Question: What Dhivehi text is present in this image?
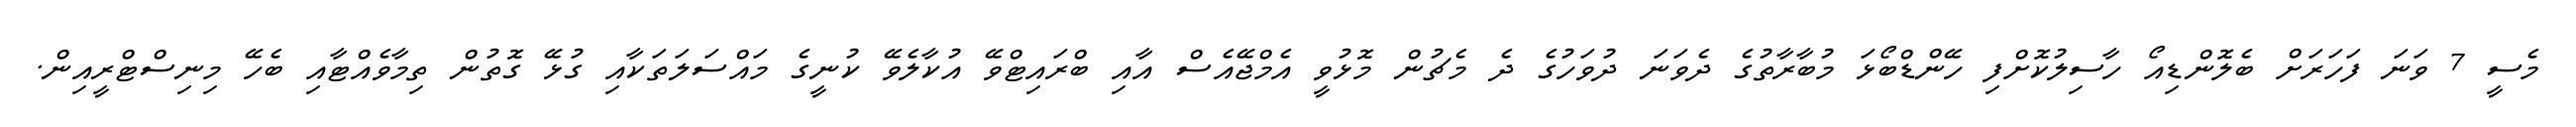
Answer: މެސީ 7 ވަނަ ފަހަރަށް ބެލޮންޑިއޯ ހާސިލުކޮށްފި ހޭންޑްބޯޅަ މުބާރާތުގެ ދެވަނަ ދުވަހުގެ ދެ މެޗުން މޮޅުވީ އެމްޖޭއެސް އާއި ބްރައިޓްވޭ އުކާލެވޭ ކުނީގެ މައްސަލަތަކާއި ގުޅޭ ގޮތުން ތިމާވެއްޓާއި ބެހޭ މިނިސްޓްރީއިން.